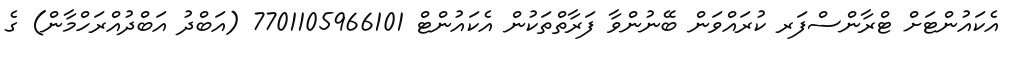
އެކައުންޓަށް ޓްރާންސްފަރ ކުރައްވަން ބޭނުންވާ ފަރާތްތަކުން އެކައުންޓް 7701105966101 (އަބްދު އަބްދުއްރަހްމާން) ގެ